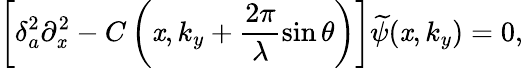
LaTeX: \left[\delta_{a}^{2}\partial_{\mathit{x}}^{2}-C\left(\mathit{x},k_{y}+\frac{{2\pi}}{{\lambda}}\sin\theta\right)\right]\smash{\widetilde{{\psi}}}(\mathit{x},k_{y})=0,